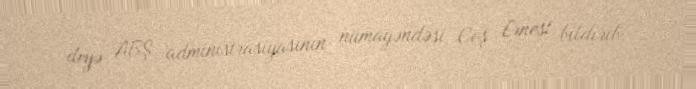
deyə ABŞ administrasiyasının nümayəndəsi Coş Ernest bildirib.